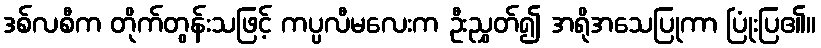
ဒစ်လစီက တိုက်တွန်းသဖြင့် ကပ္ပလီမလေးက ဦးညွှတ်၍ အရိုအသေပြုကာ ပြုံးပြ၏။